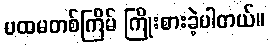
ပထမတစ်ကြိမ် ကြိုးစားခဲ့ပါတယ်။